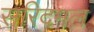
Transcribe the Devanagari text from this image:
सरिदमल